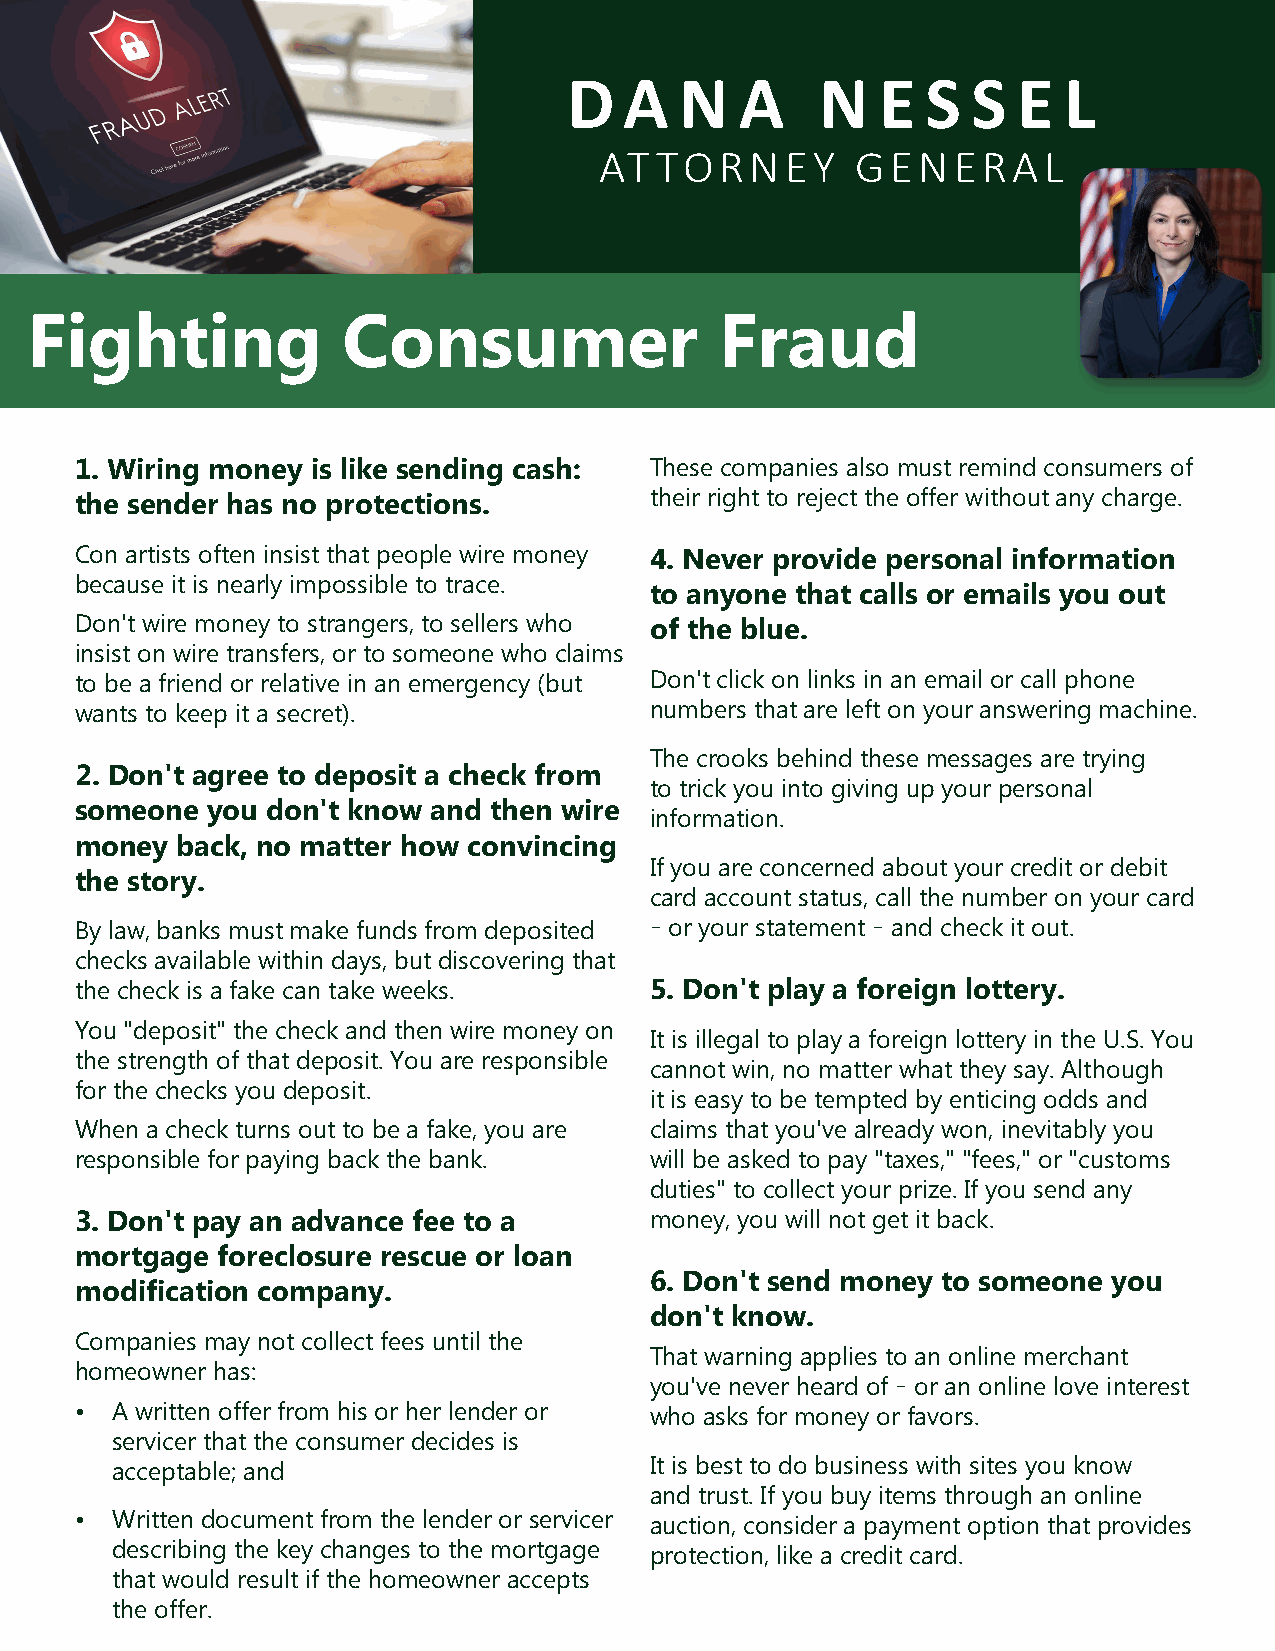
D  A   N   A    N   E  S  S  E  L
 AT TORNEY        GENERAL
 Fighting             Consumer                 Fraud
 1. Wiring money is like sending cash: These companies also must remind consumers of
 the sender has no protections.        their right to reject the offer without any charge.
 Con artists often insist that people wire money 4. Never provide personal information
 because it is nearly impossible to trace.
 to anyone that calls or emails you out
 Don't wire money to strangers, to sellers who of the blue.
 insist on wire transfers, or to someone who claims
 to be a friend or relative in an emergency (but Don't click on links in an email or call phone
 wants to keep it a secret).           numbers that are left on your answering machine.
 The crooks behind these messages are trying
 2. Don't agree to deposit a check from
 to trick you into giving up your personal
 someone  you don't know and then wire
 information.
 money  back, no matter how convincing
 If you are concerned about your credit or debit
 the story.
 card account status, call the number on your card
 By law, banks must make funds from deposited – or your statement – and check it out.
 checks available within days, but discovering that
 the check is a fake can take weeks.   5. Don't play a foreign lottery.
 You "deposit" the check and then wire money on
 It is illegal to play a foreign lottery in the U.S. You
 the strength of that deposit. You are responsible
 cannot win, no matter what they say. Although
 for the checks you deposit.
 it is easy to be tempted by enticing odds and
 When a check turns out to be a fake, you are claims that you've already won, inevitably you
 responsible for paying back the bank. will be asked to pay "taxes," "fees," or "customs
 duties" to collect your prize. If you send any
 3. Don't pay an advance fee to a      money, you will not get it back.
 mortgage foreclosure rescue or loan
 6. Don't send money to someone you
 modification company.
 don't know.
 Companies may not collect fees until the
 That warning applies to an online merchant
 homeowner has:
 you've never heard of – or an online love interest
 • A written offer from his or her lender or who asks for money or favors.
 servicer that the consumer decides is
 acceptable; and                     It is best to do business with sites you know
 and trust. If you buy items through an online
 • Written document from the lender or servicer auction, consider a payment option that provides
 describing the key changes to the mortgage protection, like a credit card.
 that would result if the homeowner accepts
 the offer.